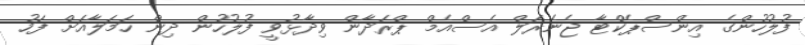
ފުލުހުންގެ އިންސްޕެކްޓާ ޖެނެރަލް އެސްއެމް ޕްރަދާން ވިދާޅުވީ ފުލުހުން ދިން ހަމަލާއަށް ފަހު